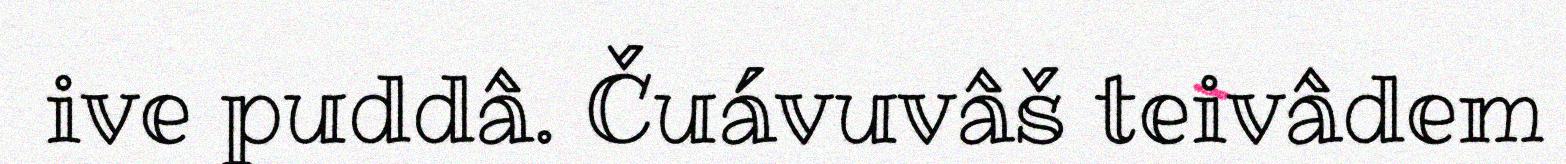
ive puddâ. Čuávuvâš teivâdem